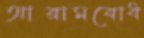
আরামবোধ